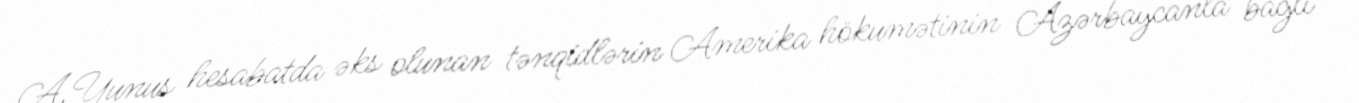
A.Yunus hesabatda əks olunan tənqidlərin Amerika hökumətinin Azərbaycanla bağlı